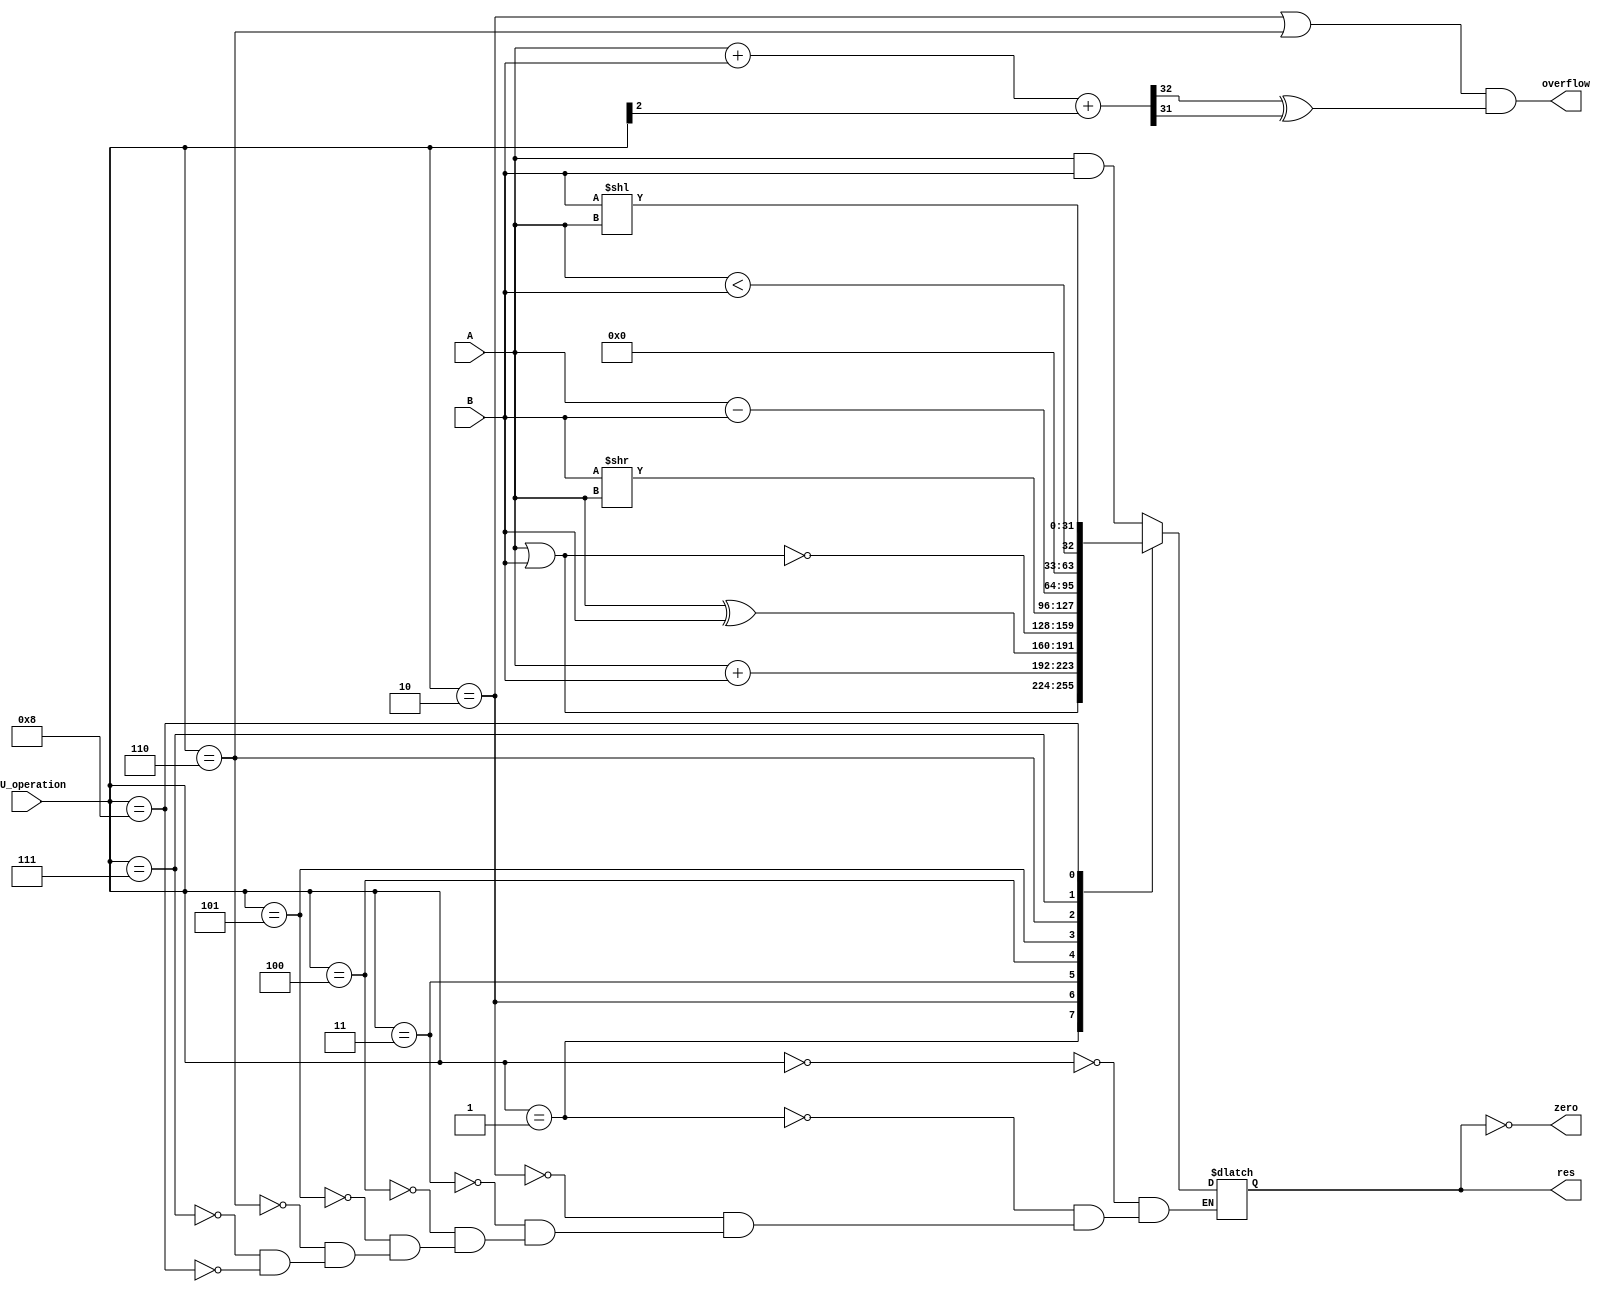
`timescale 1ns / 1ps
//////////////////////////////////////////////////////////////////////////////////
// Company: 
// Engineer: 
// 
// Design Name: 
// Module Name:    ALU 
// Project Name: 
// Target Devices: 
// Tool versions: 
// Description: 
//
// Dependencies: 
//
// Revision: 
// Revision 0.01 - File Created
// Additional Comments: 
//
//////////////////////////////////////////////////////////////////////////////////
module ALU(input [3:0] ALU_operation,
           input [31:0] A,
           input [31:0] B,
           output reg [31:0] res,
           output zero,
           output overflow
           );

    wire [32:0] adc_res = A + B + ALU_operation[2];
    assign overflow = (ALU_operation == 2 || ALU_operation == 6) && adc_res[32] ^ adc_res[31];
    assign zero = res == 0;

    always @* begin
        case (ALU_operation)
        0: res <= A & B;
        1: res <= A | B;
        2: res <= A + B;
        3: res <= A ^ B;
        4: res <= ~(A | B);
        5: res <= B >> A;
        6: res <= A - B;
        7: res <= $signed(A) < $signed(B);
        8: res <= B << A;
        endcase
    end

endmodule